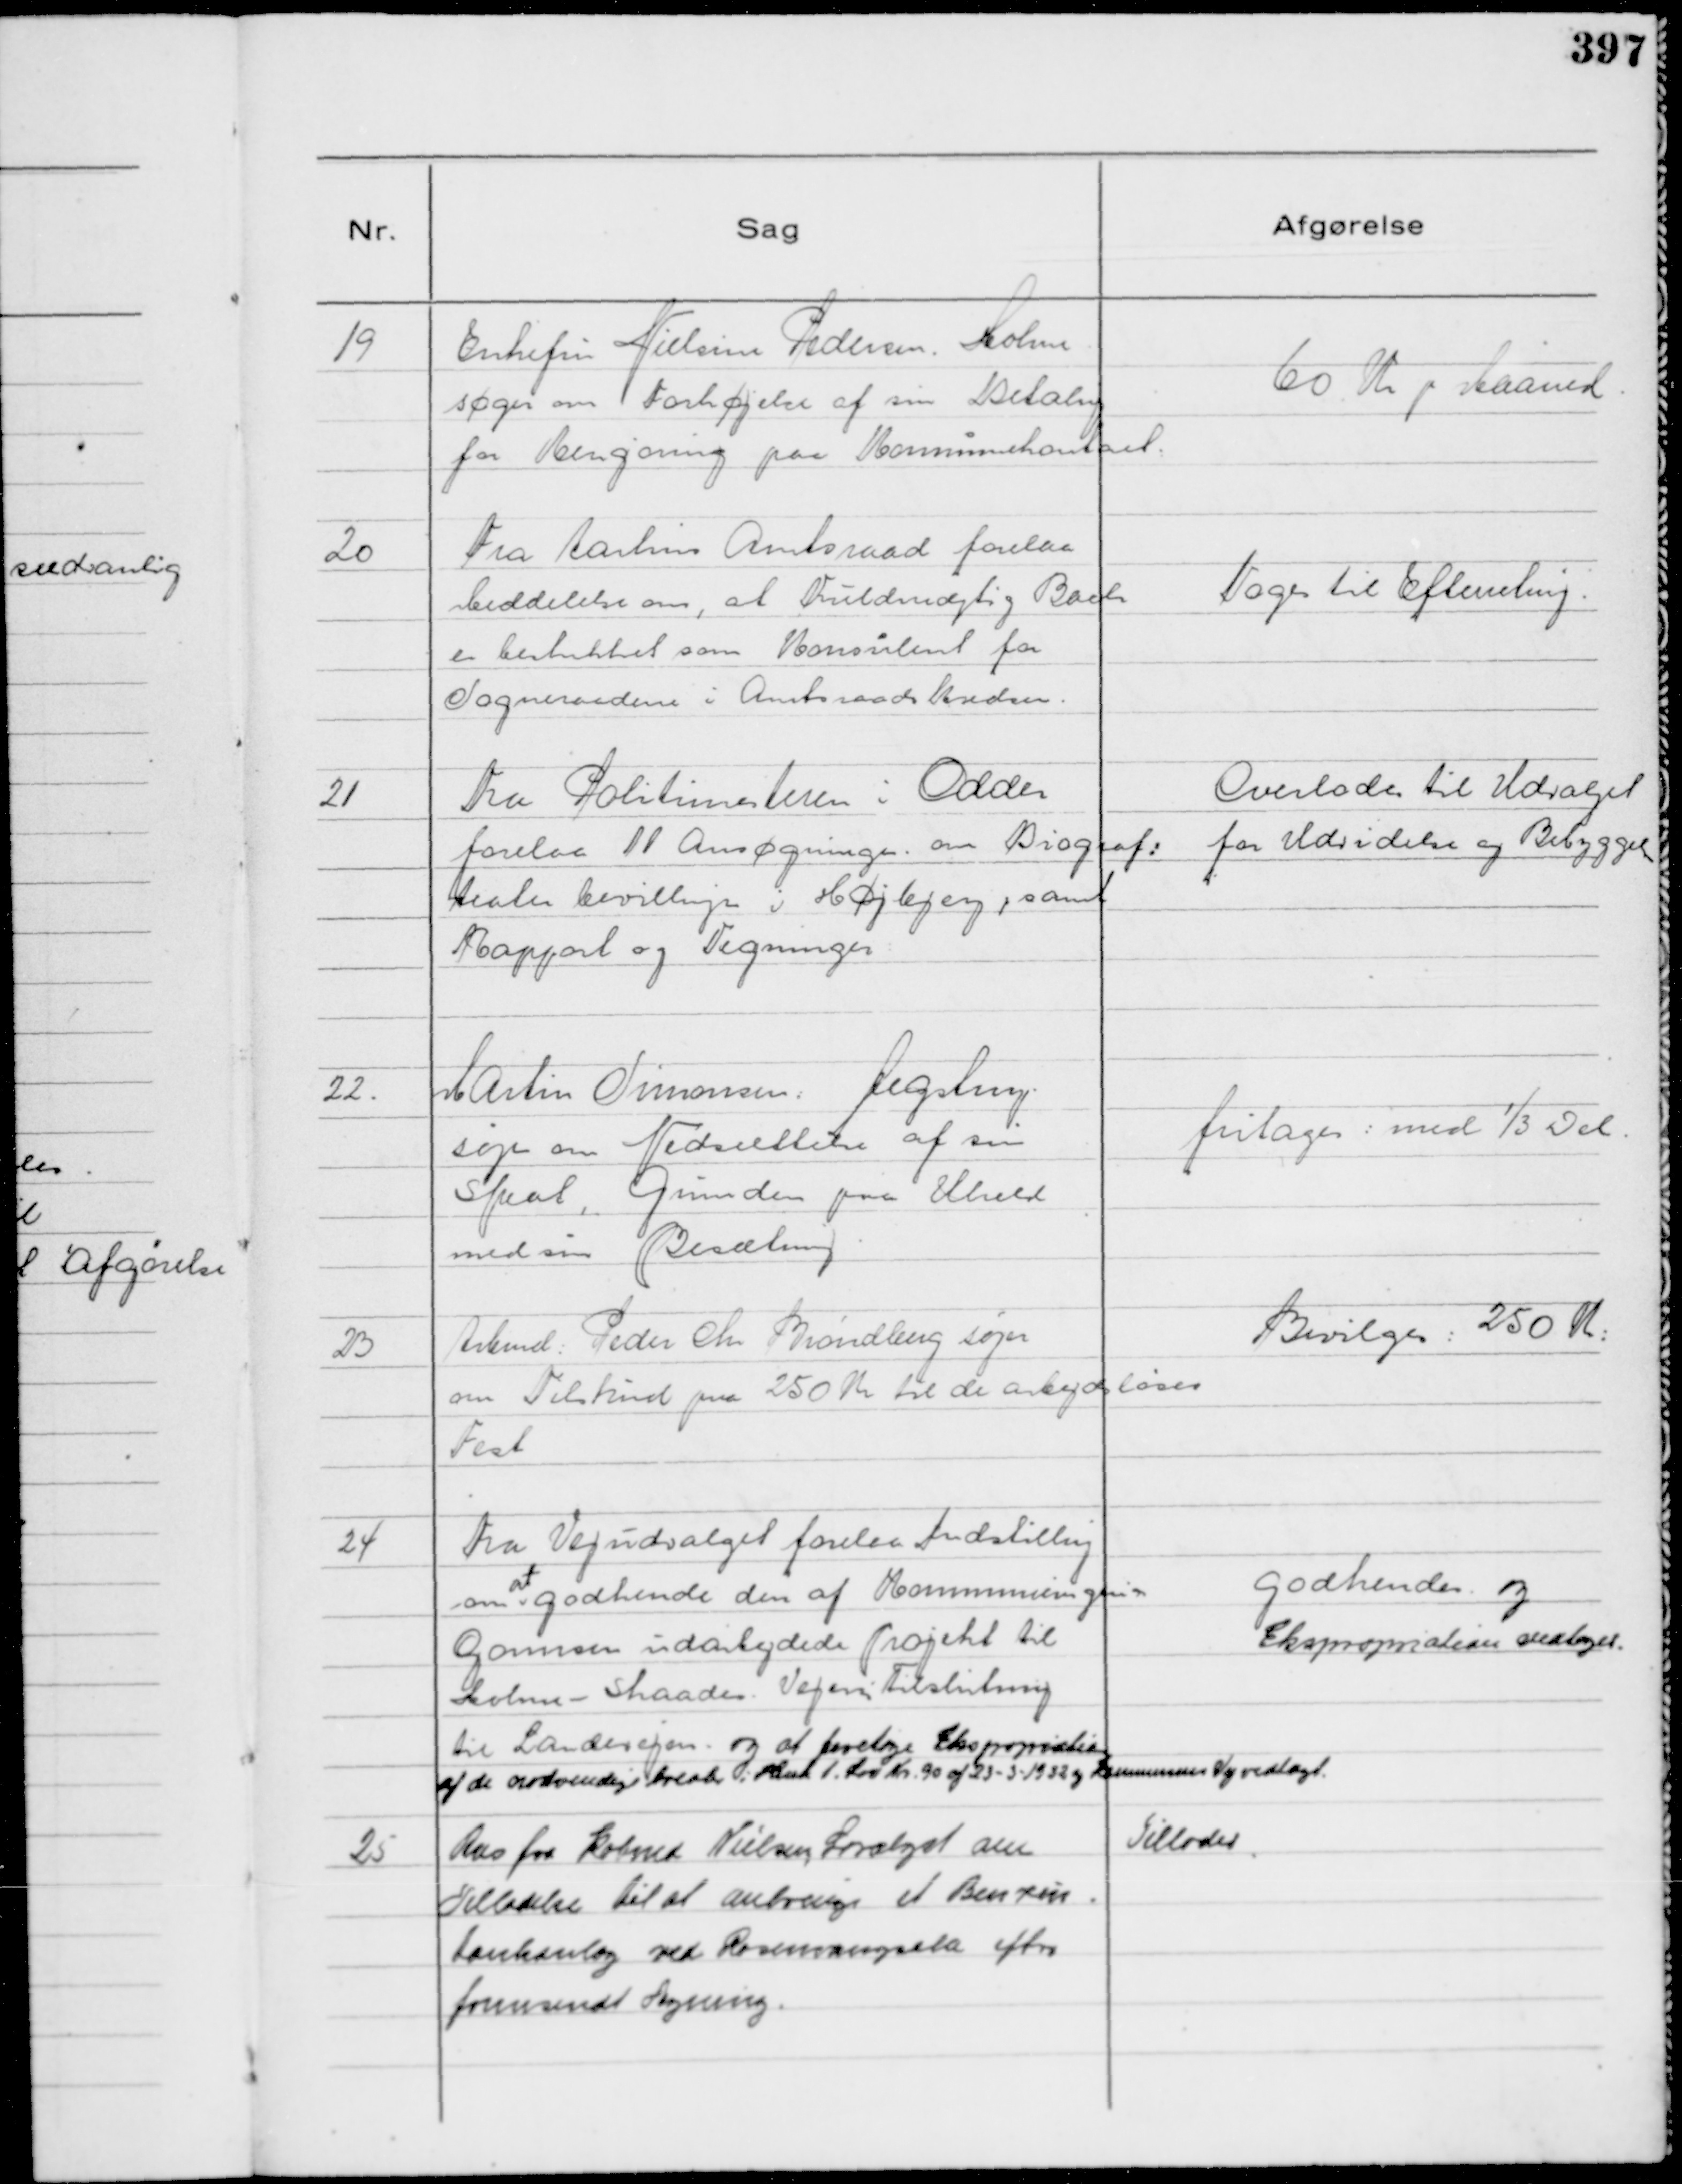
Transskription:
19
Enkefru Nielsine Pedersen. Holme
søger om Forhøjelse af sin Betalng
for Rengøring paa Kommunekontoret.

60 Kr p Maaned.

20
Fra Aarhus Amtsraad forelaa
Meddelelse om, at Fuldmægtig Bach
er beskikket som Konsulent for
Sogneraadene i Amtsraadskredsen.

Toges til Efterretning.

21
Fra Politimesteren i Odder
forelaa 11 Ansøgninger. om Biograf:
teater bevillinger i Højbjerg, samt
Rapport og Tegninger:

Overlodes til Udvalget
for Udvidelse og Bebyggelse

22.
Martin Simonsen: Jegstrup
søger om Nedsættelse af sin
Skat, Grunden paa Uheld
med sin Besætning

fritages: med ⅓ Del.

23
Arbmd: Peder Chr Brøndberg søger
om Tilskud paa 250 Kr til de arbejdsløses
Fest

Bevilges: 250 Kr:

24
Fra Vejudvalget forelaa Indstilling
om
at
godkende den af Kommuneingeniør
Gormsen udarbejdede Projekt til
Holme - Skaade. Vejens Tilslutning
til Landevejen. og at foretage Ekspropriation
af de nødvendige Arealer i Henh t. Lov Nr. 90 af 23-3-1932 og
Kommunens Vejvedtægt.

godkendes og
Ekspropriation vedtoges.

25
Ans fra Købmd Nielsen, Saralyst om
Tilladelse til at anbringe et Benzin
tankanlæg ved Rosenvangsela efter 
fremsendt Tegning.

Tillodes.